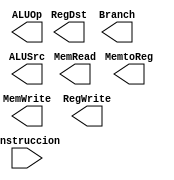
`timescale 1ns/1ns

module Unidad_Control (
    //Entradas
    input [31:26]Instruccion,

    //Salidas
    output RegDst,
    output Branch,
    output MemRead,
    output MemtoReg,
    output ALUOp,
    output MemWrite,
    output ALUSrc,
    output RegWrite
);



endmodule